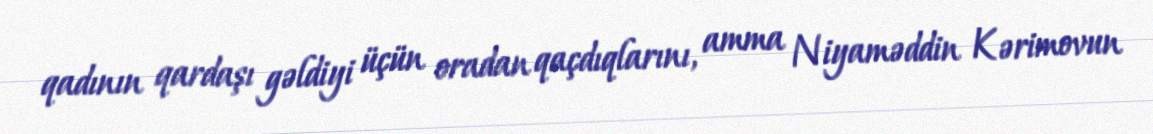
qadının qardaşı gəldiyi üçün oradan qaçdıqlarını, amma Niyaməddin Kərimovun